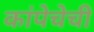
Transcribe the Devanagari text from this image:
कांपेचेची